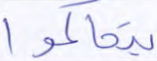
يتحاكموا